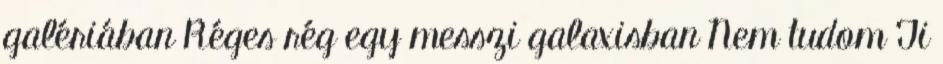
galériában Réges rég egy messzi galaxisban Nem tudom Ti